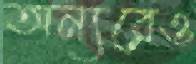
অন্যরেও